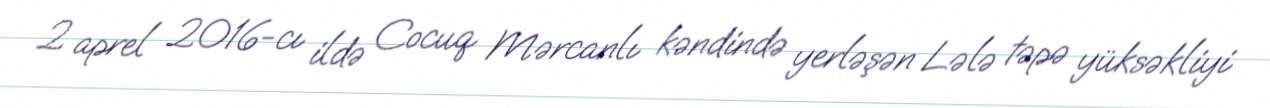
2 aprel 2016-cı ildə Cocuq Mərcanlı kəndində yerləşən Lələ təpə yüksəkliyi